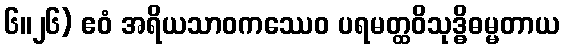
၆။၂၆) ဧဝံ အရိယသာဝကဿေဝ ပရမတ္ထဝိသုဒ္ဓိဓမ္မတာယ